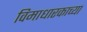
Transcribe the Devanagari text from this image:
विमाधारकाच्या